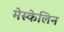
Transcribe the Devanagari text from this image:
मेस्केलिन